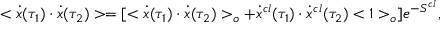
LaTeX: < \dot { x } ( \tau _ { 1 } ) \cdot \dot { x } ( \tau _ { 2 } ) > = [ < \dot { x } ( \tau _ { 1 } ) \cdot \dot { x } ( \tau _ { 2 } ) > _ { o } + \dot { x } ^ { c l } ( \tau _ { 1 } ) \cdot \dot { x } ^ { c l } ( \tau _ { 2 } ) < 1 > _ { o } ] e ^ { - S ^ { c l } } ,